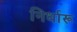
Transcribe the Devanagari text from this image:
निर्धारू